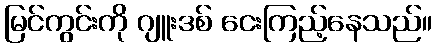
မြင်ကွင်းကို ဂျူးဒစ် ငေးကြည့်နေသည်။